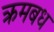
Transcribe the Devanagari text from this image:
क्रमबध